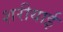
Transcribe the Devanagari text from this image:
शरीयाई